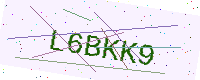
Text: L6BKK9